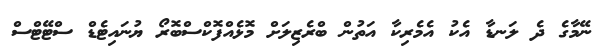
ނޭމާގެ ދެ ލަނޑާ އެކު އެމެރިކާ އަތުން ބްރެޒިލަށް މޮޅެއްފޮކްސްބޮރޯ ޔުނައިޓެޑް ސްޓޭޓްސް